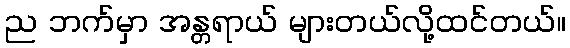
ည ဘက်မှာ အန္တရာယ် များတယ်လို့ထင်တယ်။